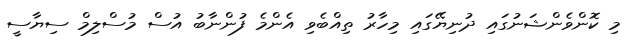
މި ކޮންވެންޝަނުގައި ދުނިޔޭގައި މިހާރު ތިއްބެވި އެންމެ ފުންނާބު އުސް މުސްލިމް ސިޔާސީ